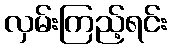
လှမ်းကြည့်ရင်း